Punjab Mental Hospital Lahore 1932-46 - 1932-1946
Year: 1932
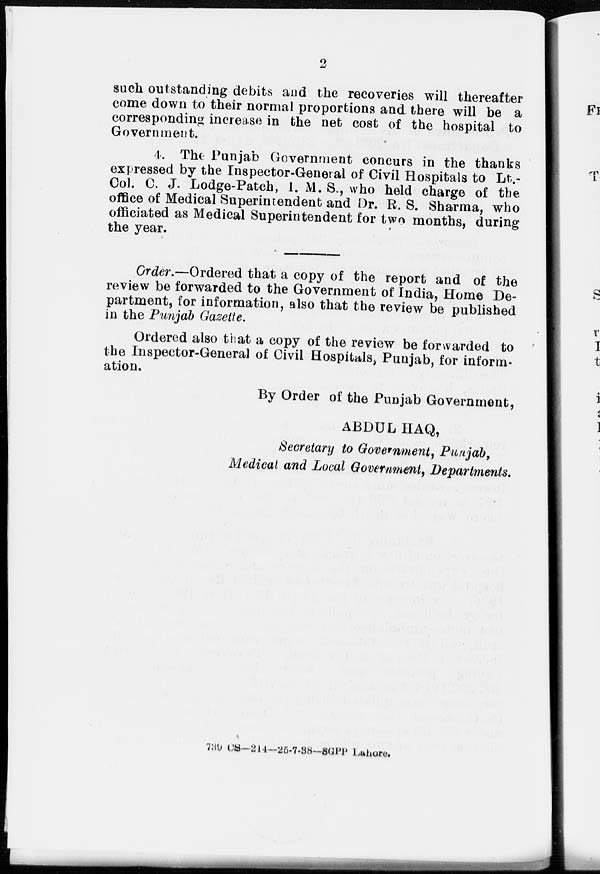
2
such outstanding debits and the recoveries will thereafter
come down to their normal proportions and there will be a
corresponding increase in the net cost of the hospital to
Government.
4. The Punjab Government concurs in the thanks
expressed by the Inspector-General of Civil Hospitals to Lt.-
Col. C. J. Lodge-Patch, I. M. S., who held charge of the
office of Medical Superintendent and Dr. R. S. Sharma, who
officiated as Medical Superintendent for two months, during
the year.
Order.—Ordered that a copy of the report and of the
review be forwarded to the Government of India, Home De-
partment, for information, also that the review be published
in the Punjab Gazette.
Ordered also that a copy of the review be forwarded to
the Inspector-General of Civil Hospitals, Punjab, for inform-
ation.
By Order of the Punjab Government,
ABDUL HAQ,
Secretary to Government, Punjab,
Medical and Local Government, Departments.
739 CS—214—25-7-38--SGPP Lahore.